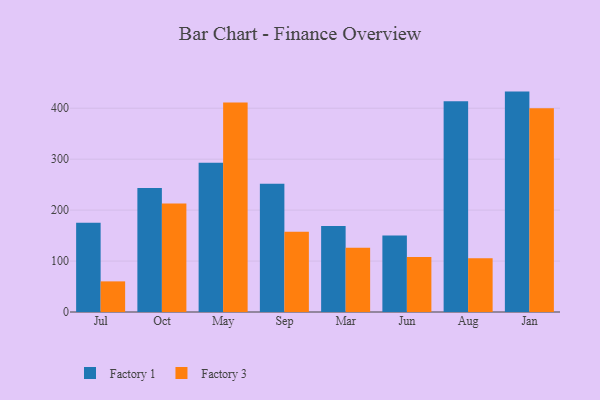
{"axis": {"x": "Month", "y": "Production Output"}, "legend": ["Factory 1", "Factory 3"], "data": [{"x": "Jul", "y": 175.0, "type": "Factory 1"}, {"x": "Jul", "y": 60.1, "type": "Factory 3"}, {"x": "Oct", "y": 243.3, "type": "Factory 1"}, {"x": "Oct", "y": 212.8, "type": "Factory 3"}, {"x": "May", "y": 292.8, "type": "Factory 1"}, {"x": "May", "y": 411.4, "type": "Factory 3"}, {"x": "Sep", "y": 251.6, "type": "Factory 1"}, {"x": "Sep", "y": 157.5, "type": "Factory 3"}, {"x": "Mar", "y": 169.0, "type": "Factory 1"}, {"x": "Mar", "y": 126.1, "type": "Factory 3"}, {"x": "Jun", "y": 150.1, "type": "Factory 1"}, {"x": "Jun", "y": 107.9, "type": "Factory 3"}, {"x": "Aug", "y": 413.7, "type": "Factory 1"}, {"x": "Aug", "y": 105.3, "type": "Factory 3"}, {"x": "Jan", "y": 432.6, "type": "Factory 1"}, {"x": "Jan", "y": 399.7, "type": "Factory 3"}]}